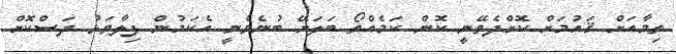
ތިމާއަށް ޤައުމަށް ކޮށްދެވޭނީ ކޮން ކަމެއްތޯ ބަލަށޭ ބުނެވެނީ އެކަމުން ފިލާވަޅު ދަސްކޮށް